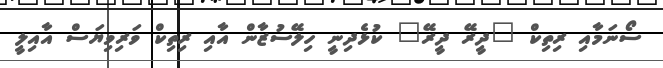
ސޯނަމާއި ރިތިކް "ދީރޭ ދީރޭ" ކުޅެދިނީ ހިލޭސުޒާން އާއި ރިތިކް ވަރިވިޔަސް އާއިލީ